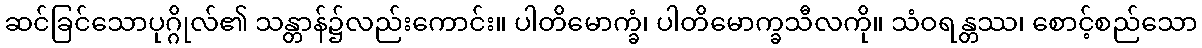
ဆင်ခြင်သောပုဂ္ဂိုလ်၏ သန္တာန်၌လည်းကောင်း။ ပါတိမောက္ခံ၊ ပါတိမောက္ခသီလကို။ သံဝရန္တဿ၊ စောင့်စည်သော